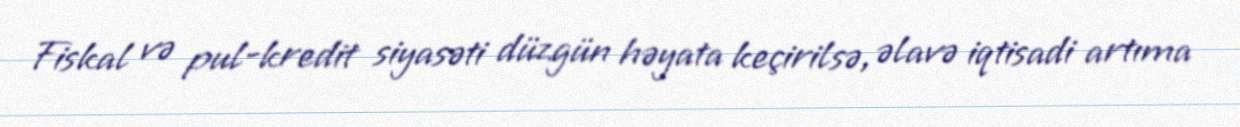
Fiskal və pul-kredit siyasəti düzgün həyata keçirilsə, əlavə iqtisadi artıma